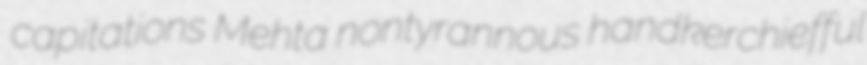
capitations Mehta nontyrannous handkerchiefful